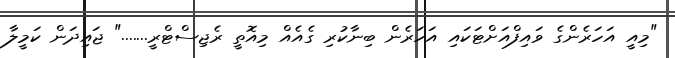
"މިއީ އަހަރެންގެ ވައިފްއަށްޓަކައި އަހަރެން ބިނާކުރި ގެއެއް މިއޮތީ ރެޖިސްޓްރީ......." ޖައިދަން ކަމީލާ